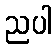
ညပါ